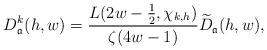
LaTeX: \begin{align*} D_\mathfrak{a}^k(h,w) = \frac{L(2w - \frac{1}{2}, \chi_{k,h})}{\zeta(4w-1)} \widetilde{D}_\mathfrak{a}(h,w),\end{align*}